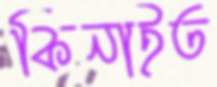
কিনাইত